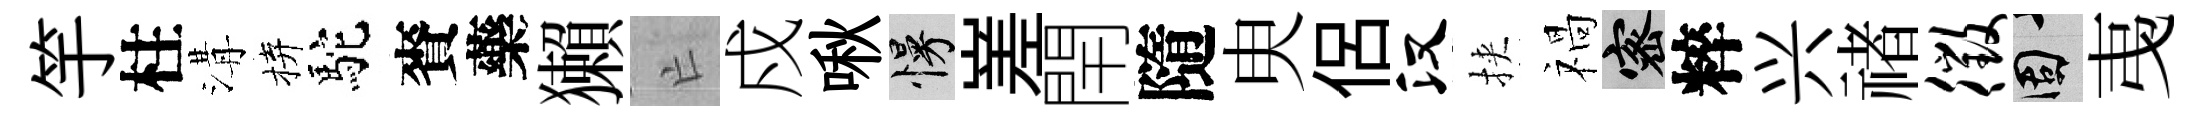
竽柱溝拚駝賚藥獺亡戍啾慢嵳閈隨㬰侶汉挾禍密粹兴禇徵固𢎯